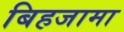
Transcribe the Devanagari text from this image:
बिहजामा